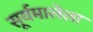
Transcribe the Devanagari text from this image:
सूर्यमालेला